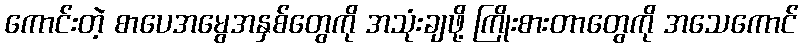
ကောင်းတဲ့ စာပေအမွေအနှစ်တွေကို အသုံးချဖို့ ကြိုးစားတာတွေကို အသေကောင်